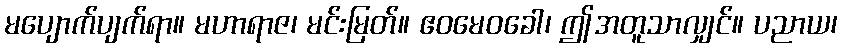
မပျောက်ပျက်ရာ။ မဟာရာဇ၊ မင်းမြတ်။ ဧဝမေဝခေါ၊ ဤအတူသာလျှင်။ ပညာယ၊